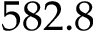
5 8 2 . 8